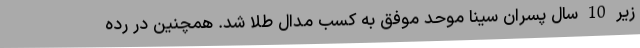
زیر 10 سال پسران سینا موحد موفق به کسب مدال طلا شد. همچنین در رده